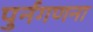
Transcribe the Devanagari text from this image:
पुर्नगणना